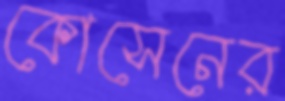
কোসেনের